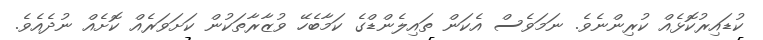
ކުޑައިރުކޮޅެއް ކުރިންނެވެ. ނަމަވެސް އެކަން ތައިލެންޑްގެ ކަމާބެހޭ ވުޒާރާތަކުން ކަށަވަރެއް ކޮށެއް ނުދެއެވެ.